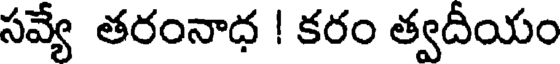
సవ్యే తరంనాధ ! కరం త్వదీయం